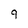
Character: 9